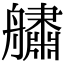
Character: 𦪲